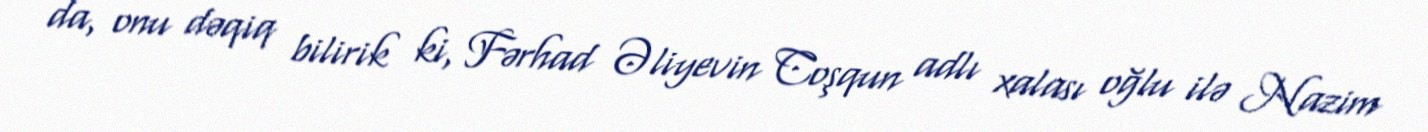
da, onu dəqiq bilirik ki, Fərhad Əliyevin Coşqun adlı xalası oğlu ilə Nazim